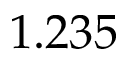
1 . 2 3 5